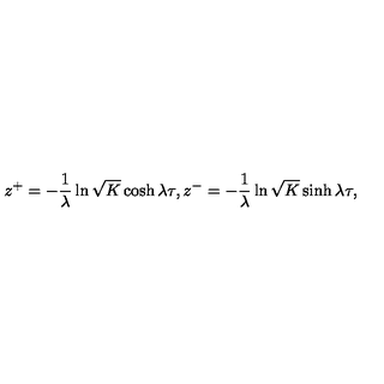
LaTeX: z ^ { + } = - \frac { 1 } { \lambda } \ln \sqrt { K } \cosh \lambda \tau , z ^ { - } = - \frac { 1 } { \lambda } \ln \sqrt { K } \sinh \lambda \tau ,